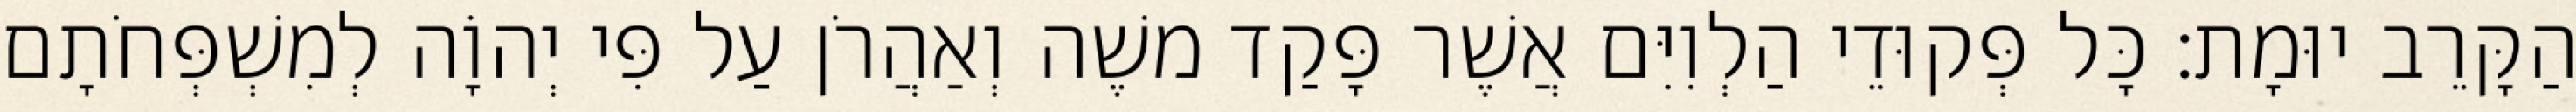
הַקָּרֵב יוּמָת׃ כָּל פְּקוּדֵי הַלְוִיִּם אֲשֶׁר פָּקַד משֶׁה וְאַהֲרֹן עַל פִּי יְהוָֹה לְמִשְׁפְּחֹתָם